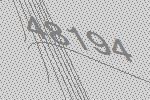
48194